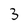
Character: 3